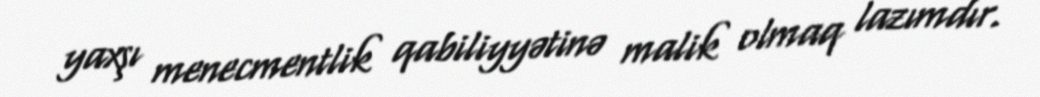
yaxşı menecmentlik qabiliyyətinə malik olmaq lazımdır.